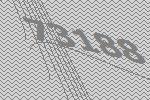
73188